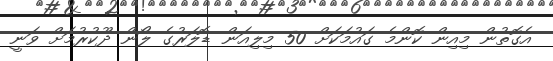
އެގޮތުން މިއިން ކޮންމެ ގައުމަކަށް 50 މިލިއަން ޑޮލަރުގެ ލޯން ދޫކުރުމަށް ވަނީ